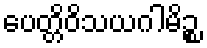
ပေတ္တိဝိသယဂါမိဉ္စ